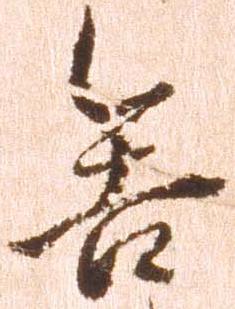
舎